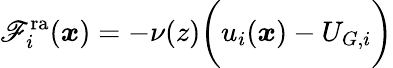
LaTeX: \mathscr{F}_{i}^{\mathrm{{ra}}}(\boldsymbol{x})=-\nu(z)\biggl(u_{i}(\boldsymbol{x})-U_{G,i}\biggl)